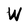
Character: W